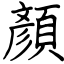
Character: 顏